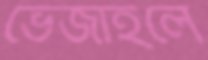
ভেজাইলে